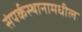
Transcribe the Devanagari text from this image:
संपर्कस्थानामधील